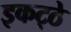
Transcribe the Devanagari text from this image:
इकट्‍ठे